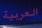
العربية